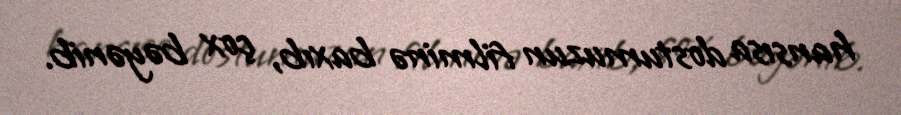
hansısa dostumuzun filminə baxıb, çox bəyənib.